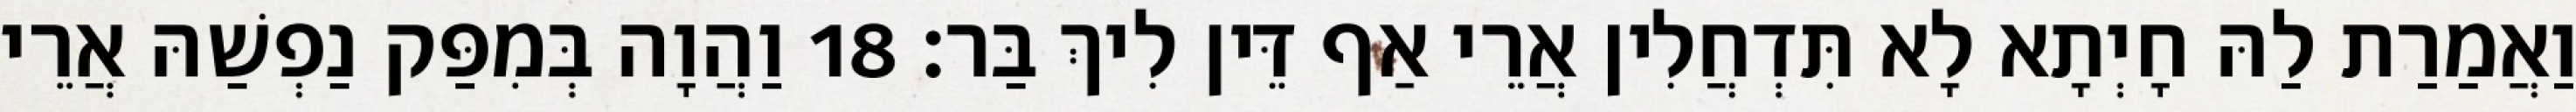
וַאֲמַרַת לַהּ חָיְתָא לָא תִּדְחֲלִין אֲרֵי אַף דֵּין לִיךְ בַּר׃ 18 וַהֲוָה בְּמִפַּק נַפְשַׁהּ אֲרֵי